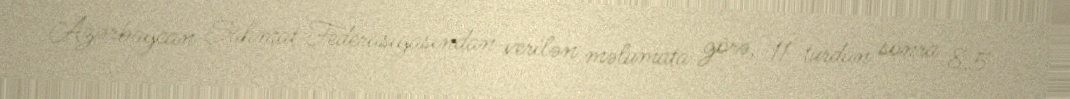
Azərbaycan Şahmat Federasiyasından verilən məlumata görə, 11 turdan sonra 8,5